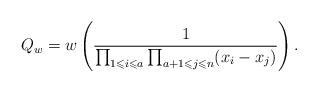
LaTeX: \begin{align*}Q_w = w\left(\frac{1}{\prod_{1\leqslant i\leqslant a}\prod_{a+1\leqslant j\leqslant n}(x_i-x_j)}\right).\end{align*}